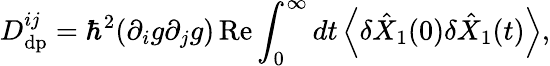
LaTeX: D_{\mathrm{dp}}^{ij}=\hbar^{2}(\partial_{i}g\partial_{j}g)\operatorname{Re}\int_{0}^{\infty}dt\left\langle\delta\hat{X}_{1}(0)\delta\hat{X}_{1}(t)\right\rangle,